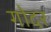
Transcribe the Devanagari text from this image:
गोदर